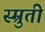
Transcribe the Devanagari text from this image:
स्म्रुती